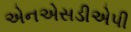
એનએસડીએપી